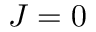
J = 0